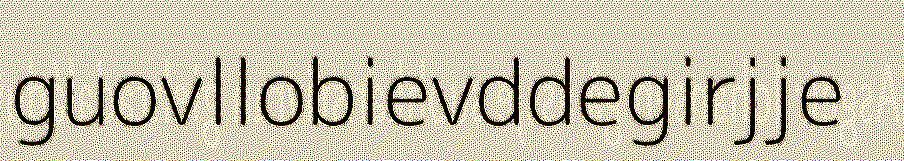
guovllobievddegirjje